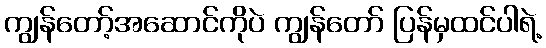
ကျွန်တော့်အဆောင်ကိုပဲ ကျွန်တော် ပြန်မှထင်ပါရဲ့